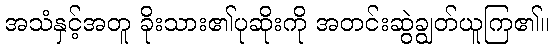
အသံနှင့်အတူ ခိုးသား၏ပုဆိုးကို အတင်းဆွဲချွတ်ယူကြ၏။